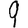
Digit: 9